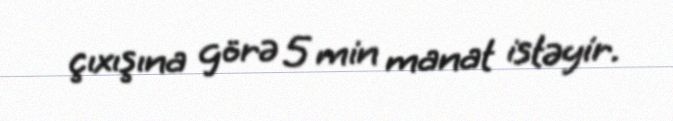
çıxışına görə 5 min manat istəyir.